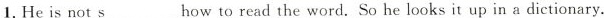
1.He is not s___ how to read the word. So he looks it up in a dictionary.